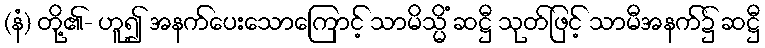
(နံ) တို့၏- ဟူ၍ အနက်ပေးသောကြောင့် သာမိသ္မိံ ဆဋ္ဌီ သုတ်ဖြင့် သာမီအနက်၌ ဆဋ္ဌီ